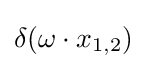
\delta (\omega \cdot x_{1,2})